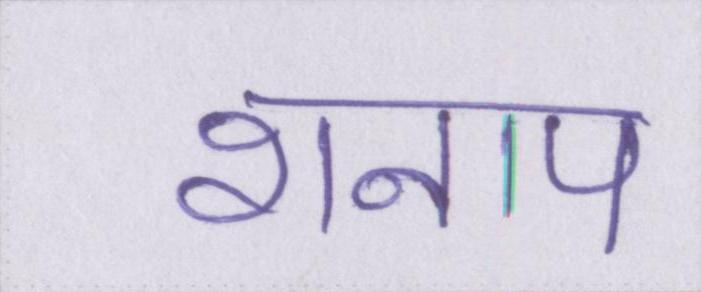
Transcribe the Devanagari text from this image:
शनाप